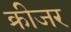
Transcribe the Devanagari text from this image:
क्रीजर